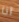
انا